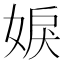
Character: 𡝢